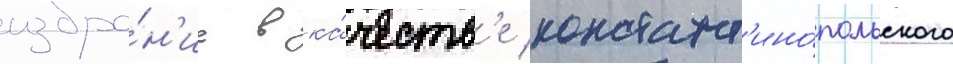
избра́н'ие в ка́честв'е констант'ино́польского